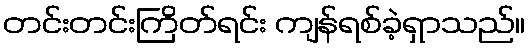
တင်းတင်းကြိတ်ရင်း ကျန်ရစ်ခဲ့ရှာသည်။